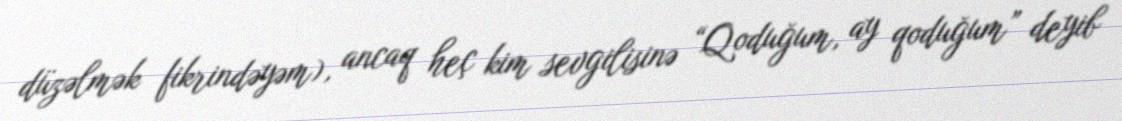
düzəlmək fikrindəyəm), ancaq heç kim sevgilisinə “Qoduğum, ay qoduğum” deyib